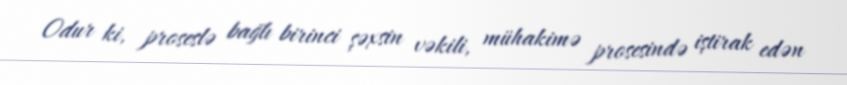
Odur ki, proseslə bağlı birinci şəxsin vəkili, mühakimə prosesində iştirak edən